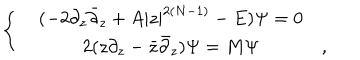
\left\{ \begin{array} { r c l } { { } } & { { ( - 2 \partial _ { z } { \bar { \partial } } _ { z } + A | z | ^ { 2 ( N - 1 ) } - E ) \Psi = 0 } } & { { } } \\ { { } } & { { 2 ( z \partial _ { z } - { \bar { z } } { \bar { \partial } _ { z } } ) \Psi = M \Psi } } & { { , } } \\ \end{array} \right.